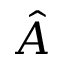
\hat { A }